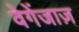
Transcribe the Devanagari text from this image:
वेगेंजाज़